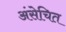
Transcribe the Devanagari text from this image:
अंसेचित